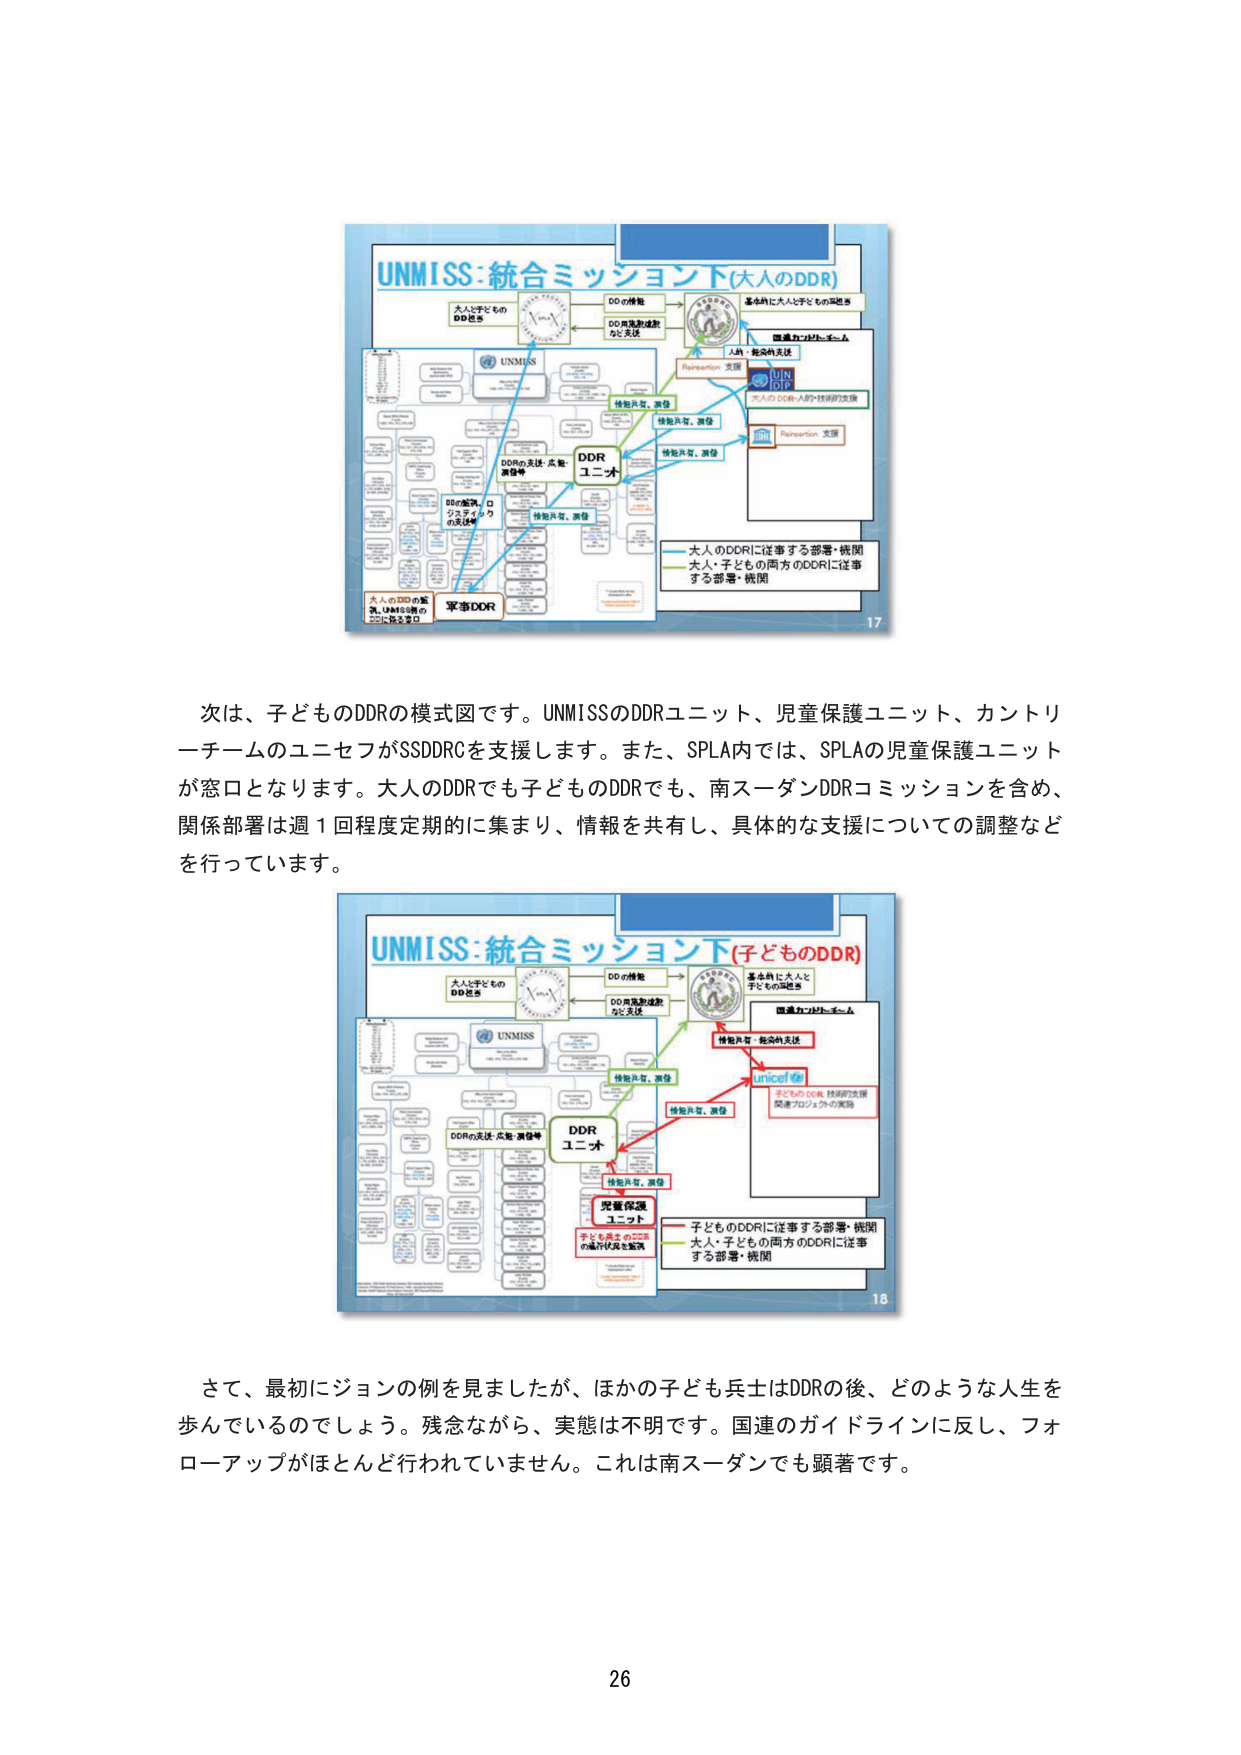
UNMISS:統合ミッション下(大人のDDR)
大人と子ども
DD送る
UNMISS
DDR
ユニット
DDの解散、ロ
ジスティクス
の支援等
軍事DDR
大人のDDRの監
視、UNMISS側の
DDに協力要請
DDの情報
DD再整列成形
など支援
基本的に大人と子どものDDR
国連ガバナンス・チーム
人材・能効的支援
Reintegration 支援
UN
DP
大人のDDR人材・技術的支援
Reintegration 支援
情報共有、連携
情報共有、連携
情報共有、連携
大人のDDRに従事する部署・機関
大人・子ども両方のDDRに従事
する部署・機関
17

次は、子どものDDRの模式図です。UNMISSのDDRユニット、児童保護ユニット、カントリーチームのユニセフがSSDDRCを支援します。また、SPLA内では、SPLAの児童保護ユニットが窓口となります。大人のDDRでも子どものDDRでも、南スーダンDDRコミッションを含め、関係部署は週1回程度定期的に集まり、情報を共有し、具体的な支援についての調整などを行っています。

UNMISS:統合ミッション下(子どものDDR)
大人と子どもの
DD送る
UNMISS
DDR
ユニット
DDの解散、ロ
ジスティクス
の支援等
児童保護
ユニット
子どもの再統合のため
の適正化支援を監視
DDの情報
DD再整列成形
など支援
基本的におお人と
子どものDDR
国連ガバナンス・チーム
情報共有・能効的支援
UNICEF
子どものDDR技術的支援
関連プロジェクトの実施
情報共有、連携
情報共有、連携
情報共有、連携
子どものDDRに従事する部署・機関
大人・子どもの両方のDDRに従事
する部署・機関
18

さて、最初にジョンの例を見ましたが、ほかの子ども兵士はDDRの後、どのような人生を歩んでいるのでしょう。残念ながら、実態は不明です。国連のガイドラインに反し、フォローアップがほとんど行われていません。これは南スーダンでも顕著です。

26